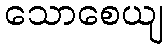
သောစေယျ